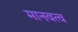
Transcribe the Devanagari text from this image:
मानवत्व